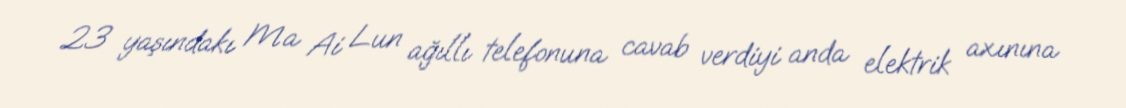
23 yaşındakı Ma Ai Lun ağıllı telefonuna cavab verdiyi anda elektrik axınına